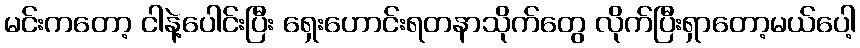
မင်းကတော့ ငါနဲ့ပေါင်းပြီး ရှေးဟောင်းရတနာသိုက်တွေ လိုက်ပြီးရှာတော့မယ်ပေါ့